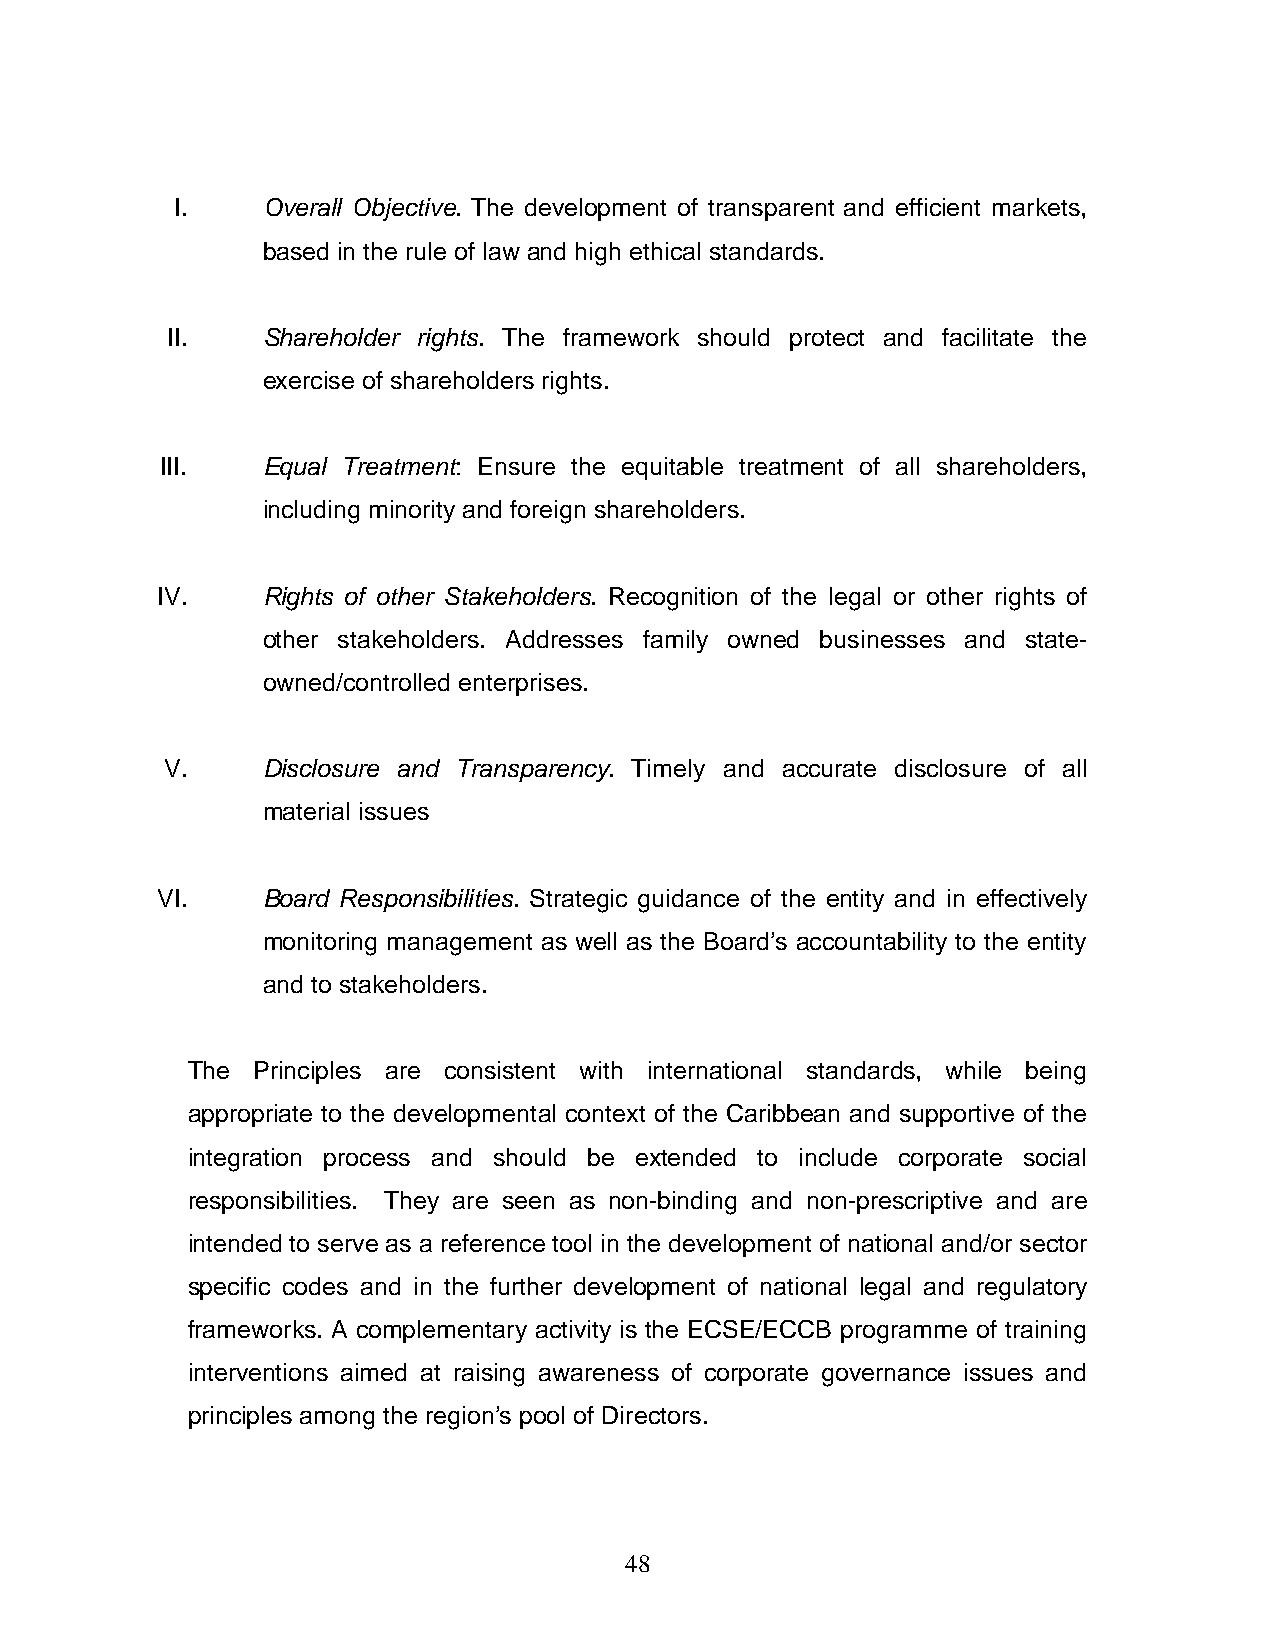
I.    Overall Objective. The development of transparent and efficient markets,
 based in the rule of law and high ethical standards.
 II.   Shareholder rights. The framework should protect and facilitate the
 exercise of shareholders rights.
 III.  Equal Treatment: Ensure the equitable treatment of all shareholders,
 including minority and foreign shareholders.
 IV.    Rights of other Stakeholders. Recognition of the legal or other rights of
 other stakeholders. Addresses family owned businesses and state-
 owned/controlled enterprises.
 V.    Disclosure and Transparency. Timely and accurate disclosure of all
 material issues
 VI.    Board Responsibilities. Strategic guidance of the entity and in effectively
 monitoring management as well as the Board’s accountability to the entity
 and to stakeholders.
 The  Principles are consistent with international standards, while being
 appropriate to the developmental context of the Caribbean and supportive of the
 integration process and should be extended to include corporate social
 responsibilities. They are seen as non-binding and non-prescriptive and are
 intended to serve as a reference tool in the development of national and/or sector
 specific codes and in the further development of national legal and regulatory
 frameworks. A complementary activity is the ECSE/ECCB programme of training
 interventions aimed at raising awareness of corporate governance issues and
 principles among the region’s pool of Directors.
 48